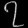
Digit: ၇